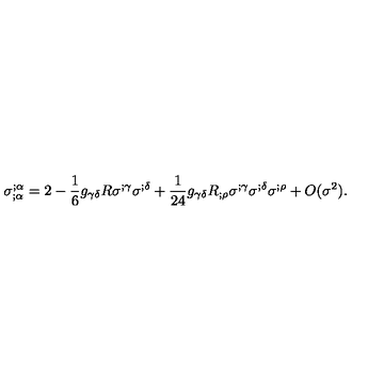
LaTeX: \sigma _ { ; \alpha } ^ { ; \alpha } = 2 - \frac { 1 } { 6 } g _ { \gamma \delta } R \sigma ^ { ; \gamma } \sigma ^ { ; \delta } + \frac { 1 } { 2 4 } g _ { \gamma \delta } R _ { ; \rho } \sigma ^ { ; \gamma } \sigma ^ { ; \delta } \sigma ^ { ; \rho } + O ( \sigma ^ { 2 } ) .